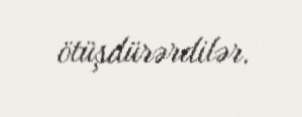
ötüşdürərdilər.